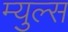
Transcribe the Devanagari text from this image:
म्युल्स